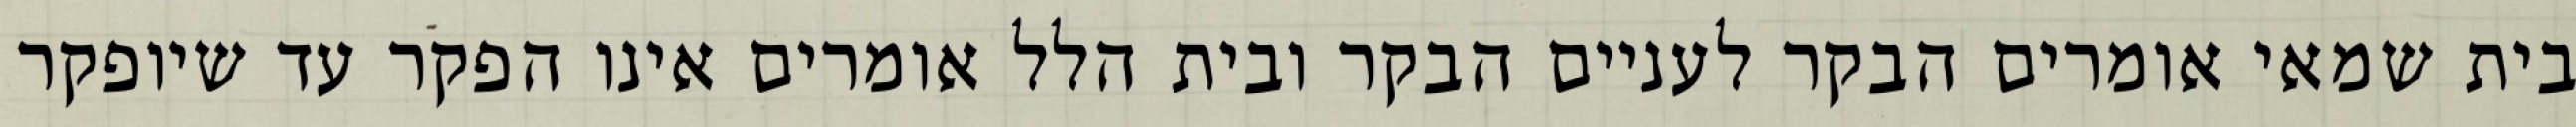
בית שמאי אומרים הבקר לעניים הבקר ובית הלל אומרים אינו הפקר עד שיופקר